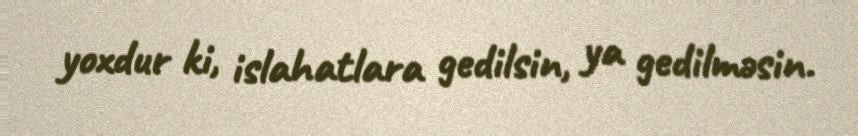
yoxdur ki, islahatlara gedilsin, ya gedilməsin.